Preliminary report on a parasite found in persons suffering from enlargement of the spleen in India - Number 8
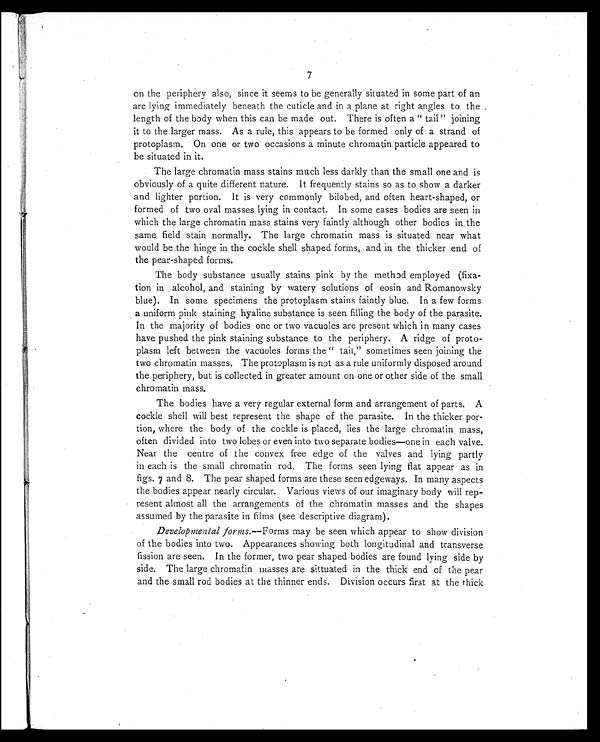
7
on the periphery also, since it seems to be generally situated in some part of an
arc lying immediately beneath the cuticle and in a plane at right angles to the .
length of the body when this can be made out. There is often a " tail " joining
it to the larger mass. As a rule, this appears to be formed only of a strand of
protoplasm. On one or two occasions a minute chromatin particle appeared to
be situated in it.
The large chromatin mass stains much less darkly than the small one and is
obviously of a quite different nature. It frequently stains so as to show a darker
and lighter portion. It is very commonly bilobed, and often heart-shaped, or
formed of two oval masses lying in contact. In some cases bodies are seen in
which the large chromatin mass stains very faintly although other bodies in the
same field stain normally. The large chromatin mass is situated near what
would be the hinge in the cockle shell shaped forms, and in the thicker end of
the pear-shaped forms.
The body substance usually stains pink by the method employed (fixa-
tion in alcohol, and staining by watery solutions of eosin and Romanowsky
blue). In some specimens the protoplasm stains faintly blue. In a few forms
a uniform pink staining hyaline substance is seen filling the body of the parasite.
In the majority of bodies one or two vacuoles are present which in many cases
have pushed the pink staining substance to the periphery. A ridge of proto-
plasm left between the vacuoles forms the " tail," sometimes seen joining the
two chromatin masses. The protoplasm is not as a rule uniformly disposed around
the periphery, but is collected in greater amount on one or other side of the small
chromatin mass.
The bodies have a very regular external form and arrangement of parts. A
cockle shell will best represent the shape of the parasite. In the thicker por-
tion, where the body of the cockle is placed, lies the large chromatin mass,
often divided into two lobes or even into two separate bodies—one in each valve.
Near the centre of the convex free edge of the valves and lying partly
in each is the small chromatin rod. The forms seen lying flat appear as in
figs. 7 and 8. The pear shaped forms are these seen edgeways. In many aspects
the bodies appear nearly circular. Various views of our imaginary body will rep-
resent almost all the arrangements of the chromatin masses and the shapes
assumed by the parasite in films (see descriptive diagram).
Developmental forms.—Forms may be seen which appear to show division
of the bodies into two. Appearances showing both longitudinal and transverse
fission are seen. In the former, two pear shaped bodies are found lying side by
side. The large chromatin masses are sittuated in the thick end of the pear
and the small rod bodies at the thinner ends. Division occurs first at the thick